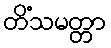
တိံသမတ္တာ